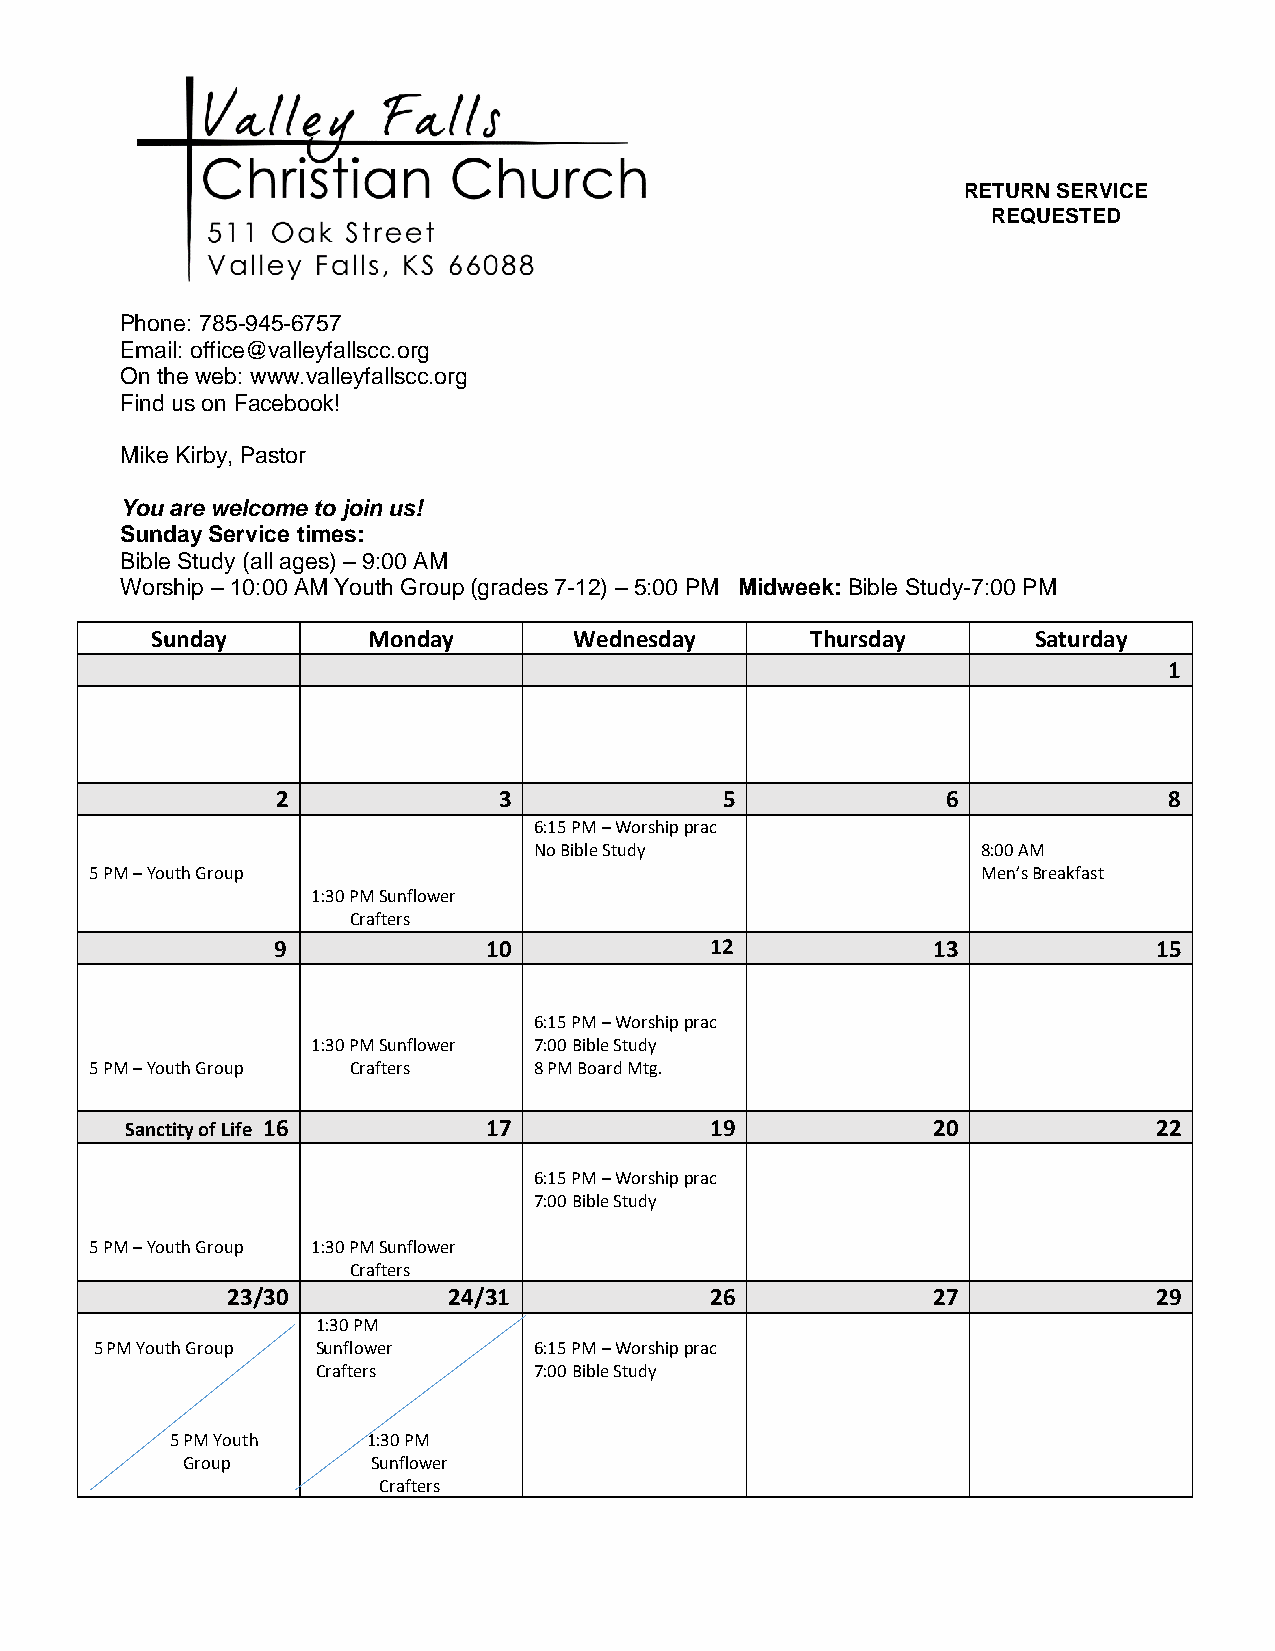
RETURN SERVICE
 REQUESTED
 Phone: 785-945-6757
 Email: office@valleyfallscc.org
 On the web: www.valleyfallscc.org
 Find us on Facebook!
 Mike Kirby, Pastor
 You are welcome to join us!
 Sunday Service times:
 Bible Study (all ages) – 9:00 AM
 Worship – 10:00 AM Youth Group (grades 7-12) – 5:00 PM Midweek: Bible Study-7:00 PM
 Sunday        Monday        Wednesday       Thursday       Saturday
 1
 6:15 PM – Worship prac
 2              3              5              6             8
 6:15 PM – Worship prac
 No Bible Study                8:00 AM
 5 PM – Youth Group                                         Men’s Breakfast
 1:30 PM Sunflower
 Crafters
 9             10             12             13             15
 6:15 PM – Worship prac
 1:30 PM Sunflower 7:00 Bible Study
 5 PM – Youth Group Crafters  8 PM Board Mtg.
 Sanctity of Life 16     17             19             20             22
 6:15 PM – Worship prac
 7:00 Bible Study
 5 PM – Youth Group 1:30 PM Sunflower
 Crafters
 23/30          24/31            26             27             29
 1:30 PM
 5 PM Youth Group Sunflower   6:15 PM – Worship prac
 Crafters      7:00 Bible Study
 5 PM Youth   1:30 PM
 Group        Sunflower
 Crafters